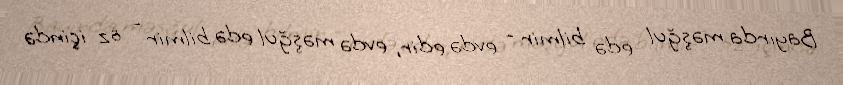
Bayırda məşğul edə bilmir - evdə edir, evdə məşğul edə bilmir - öz içində